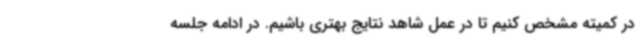
در کمیته مشخص کنیم تا در عمل شاهد نتایج بهتری باشیم. در ادامه جلسه